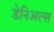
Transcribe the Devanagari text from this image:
डेनिअल्स